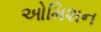
ઓમિશન